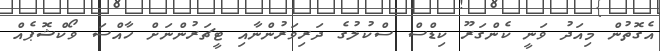
އެގޮތުން މިއަދު ވަނީ ކެންގަރޫ ކިޑްސް ސްކުލުގެ ދަރިވަރުންނާއި ޓީޗަރުންނަށް ހާއްސަ ވޯކްޝޮޕެއް